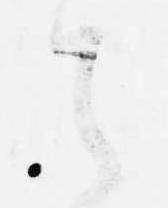
者